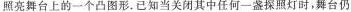
照亮舞台上的一个凸图形。已知当关闭其中任何一盏探照灯时，舞台仍